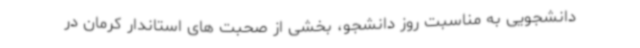
دانشجویی به مناسبت روز دانشجو، بخشی از صحبت های استاندار کرمان در